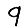
Digit: 9